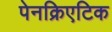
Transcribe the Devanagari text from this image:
पेनक्रिएटिक